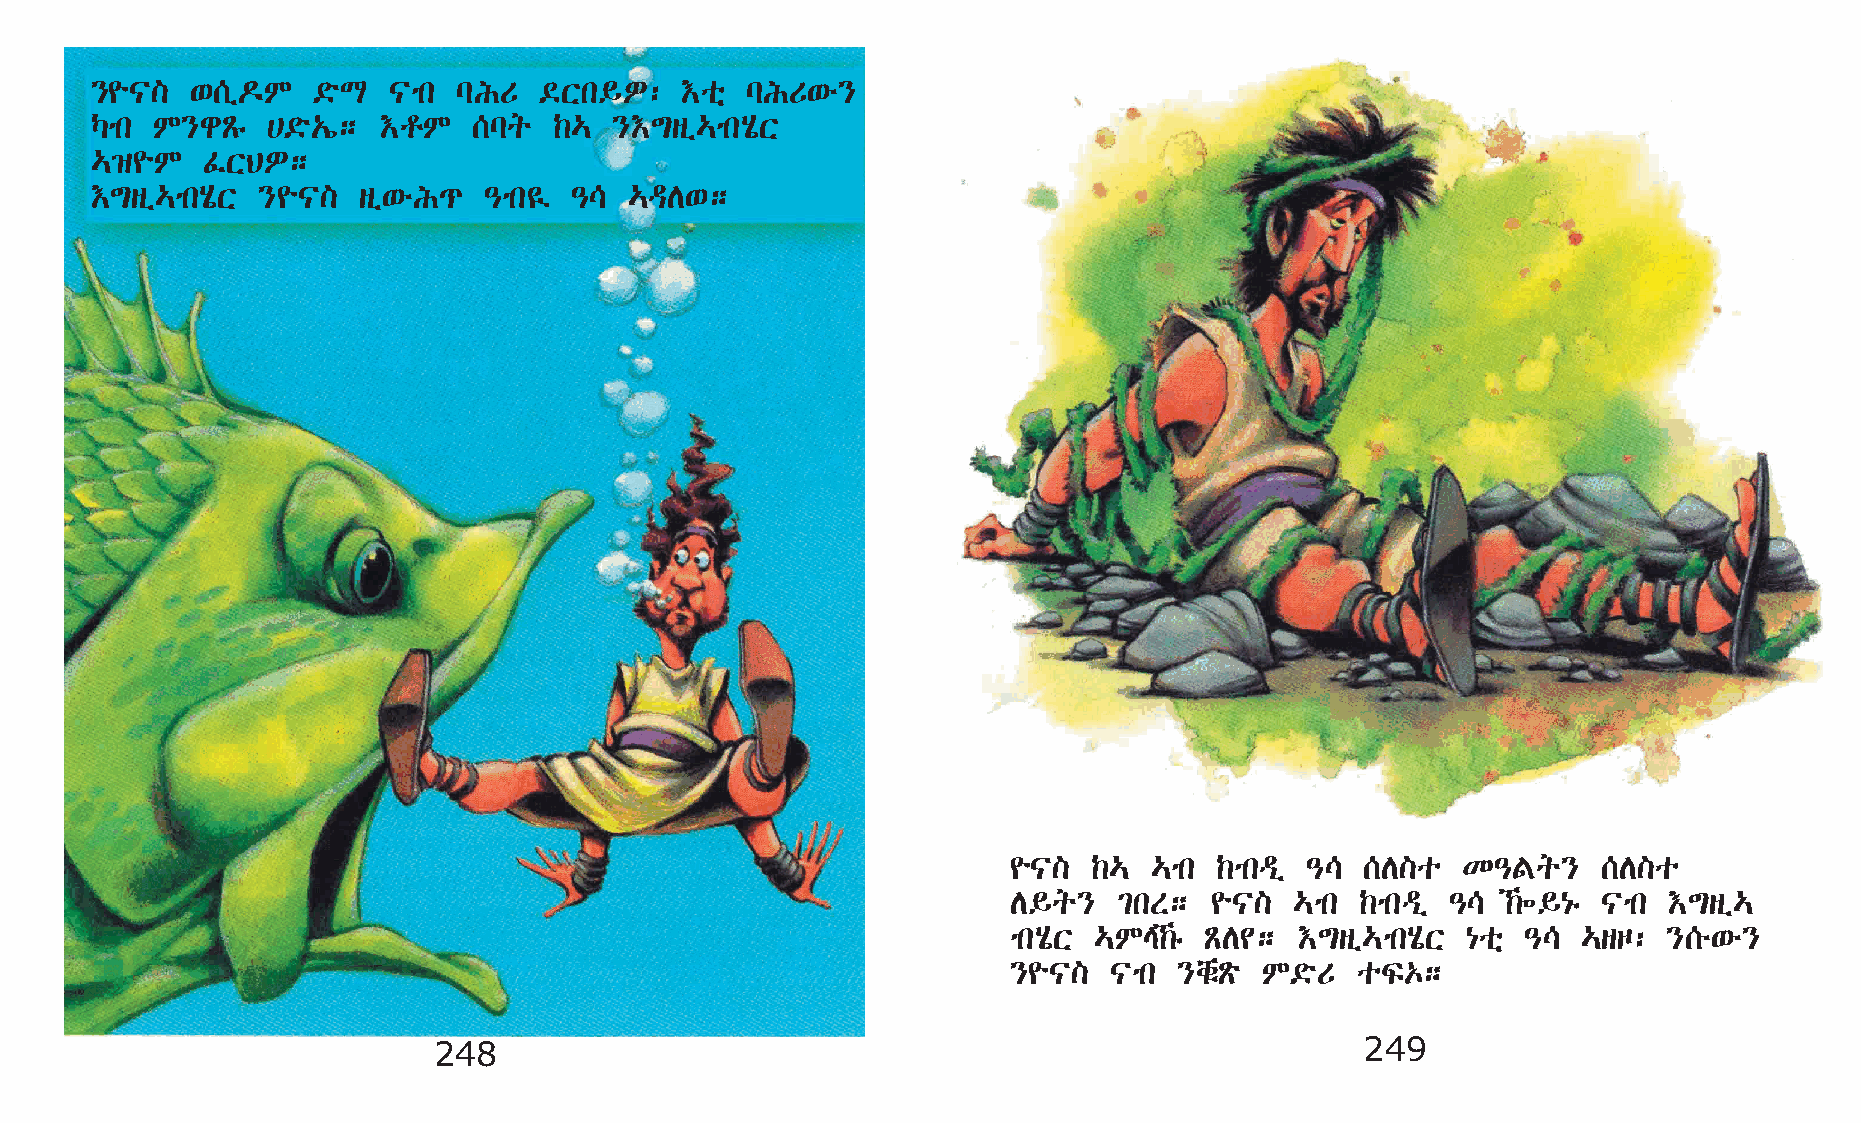
}¨|]   ‘[ï¬M   ©öL  |mk lIU   ©Xk§È:   †oñ lIU‘é}
 Šmk M}gÃê   @©ö„í; †rM   [lq   ‰…  }†´sï…mkAôX
 …›¨M   ÊXBÈ;
 †´sï…mkAôX }¨|]   sï‘éI¹  –mk¤  –\  …ªD‘;
 ¨|]  ‰…  …mk  ‰mkªï –\ [D]o   K–Fq}    [D]o
 D§q}   ²kS;  ¨|]   …mk ‰mkªï –\  ‰÷§{ê |mk †´sï…
 mkAôX …ME‰ê ÃD¢;  †´sï…mkAôX {oñ –\  …sœ: }[é‘é}
 }¨|]  |mk  }chëÃö M©öU oÏ‡;
 248                                                          249